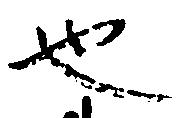
也